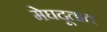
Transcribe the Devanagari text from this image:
मेघदूतात